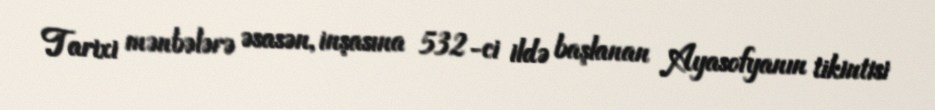
Tarixi mənbələrə əsasən, inşasına 532-ci ildə başlanan Ayasofyanın tikintisi